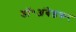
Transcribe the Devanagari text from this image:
डॉ॰अंबेडकर